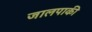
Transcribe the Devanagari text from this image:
जालपाकी